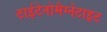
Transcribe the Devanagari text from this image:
टाईटेनोमैग्नेटाइट